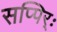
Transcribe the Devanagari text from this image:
सप्पिर्ः